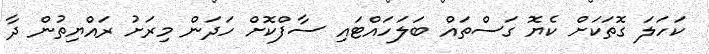
ކަހަލަ ގޮތަކަށް ކެޔޮ ގަސްތައް ބަލަހައްޓައި ސާފްކޮށް ހަދަން މިރަށު ރައްޔިތުން ދާ